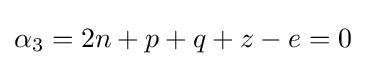
\alpha _{3}=2n+p+q+z-e=0